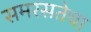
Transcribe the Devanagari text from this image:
समरसतेचा